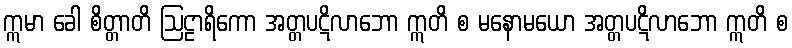
ဣမာ ခေါ စိတ္တာတိ ဩဠာရိကော အတ္တပဋိလာဘော ဣတိ စ မနောမယော အတ္တပဋိလာဘော ဣတိ စ